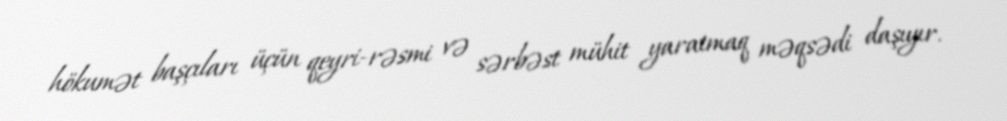
hökumət başçıları üçün qeyri-rəsmi və sərbəst mühit yaratmaq məqsədi daşıyır.